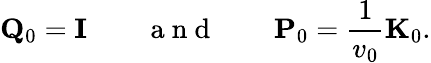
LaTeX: {\mathbf Q}_{0}={\mathbf I}\qquad\mathrm{~a~n~d~}\qquad{\mathbf P}_{0}=\frac{1}{v_{0}}{\mathbf K}_{0}.